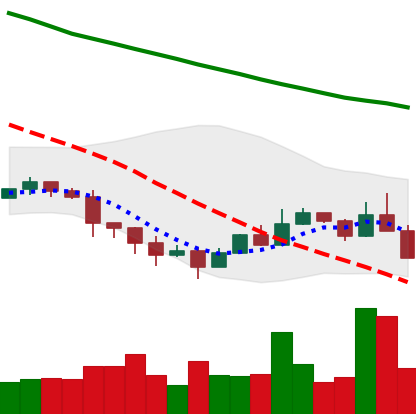
Ticker: ETC-USD
Chart end date: 2022-01-20
Forward return: -17.745%
Label: down_7plus